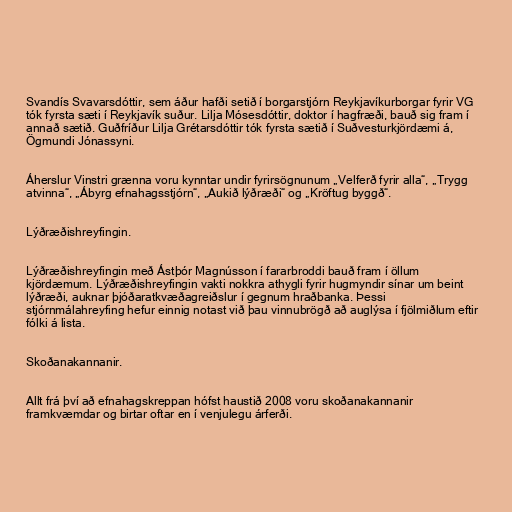
Svandís Svavarsdóttir, sem áður hafði setið í borgarstjórn Reykjavíkurborgar fyrir VG
tók fyrsta sæti í Reykjavík suður. Lilja Mósesdóttir, doktor í hagfræði, bauð sig fram í
annað sætið. Guðfríður Lilja Grétarsdóttir tók fyrsta sætið í Suðvesturkjördæmi á,
Ögmundi Jónassyni.

Áherslur Vinstri grænna voru kynntar undir fyrirsögnunum „Velferð fyrir alla“, „Trygg
atvinna“, „Ábyrg efnahagsstjórn“, „Aukið lýðræði“ og „Kröftug byggð“.

Lýðræðishreyfingin.

Lýðræðishreyfingin með Ástþór Magnússon í fararbroddi bauð fram í öllum
kjördæmum. Lýðræðishreyfingin vakti nokkra athygli fyrir hugmyndir sínar um beint
lýðræði, auknar þjóðaratkvæðagreiðslur í gegnum hraðbanka. Þessi
stjórnmálahreyfing hefur einnig notast við þau vinnubrögð að auglýsa í fjölmiðlum eftir
fólki á lista.

Skoðanakannanir.

Allt frá því að efnahagskreppan hófst haustið 2008 voru skoðanakannanir
framkvæmdar og birtar oftar en í venjulegu árferði.